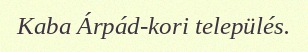
Kaba Árpád-kori település.